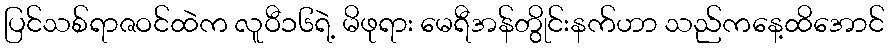
ပြင်သစ်ရာဇဝင်ထဲက လူဝီ၁၆ရဲ့ မိဖုရား မေရီအန်တွိုင်းနက်ဟာ သည်ကနေ့ထိအောင်